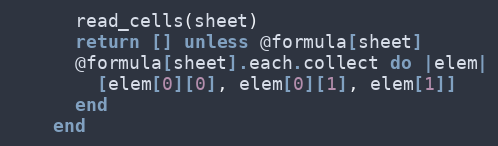
Language: Ruby
      read_cells(sheet)
      return [] unless @formula[sheet]
      @formula[sheet].each.collect do |elem|
        [elem[0][0], elem[0][1], elem[1]]
      end
    end